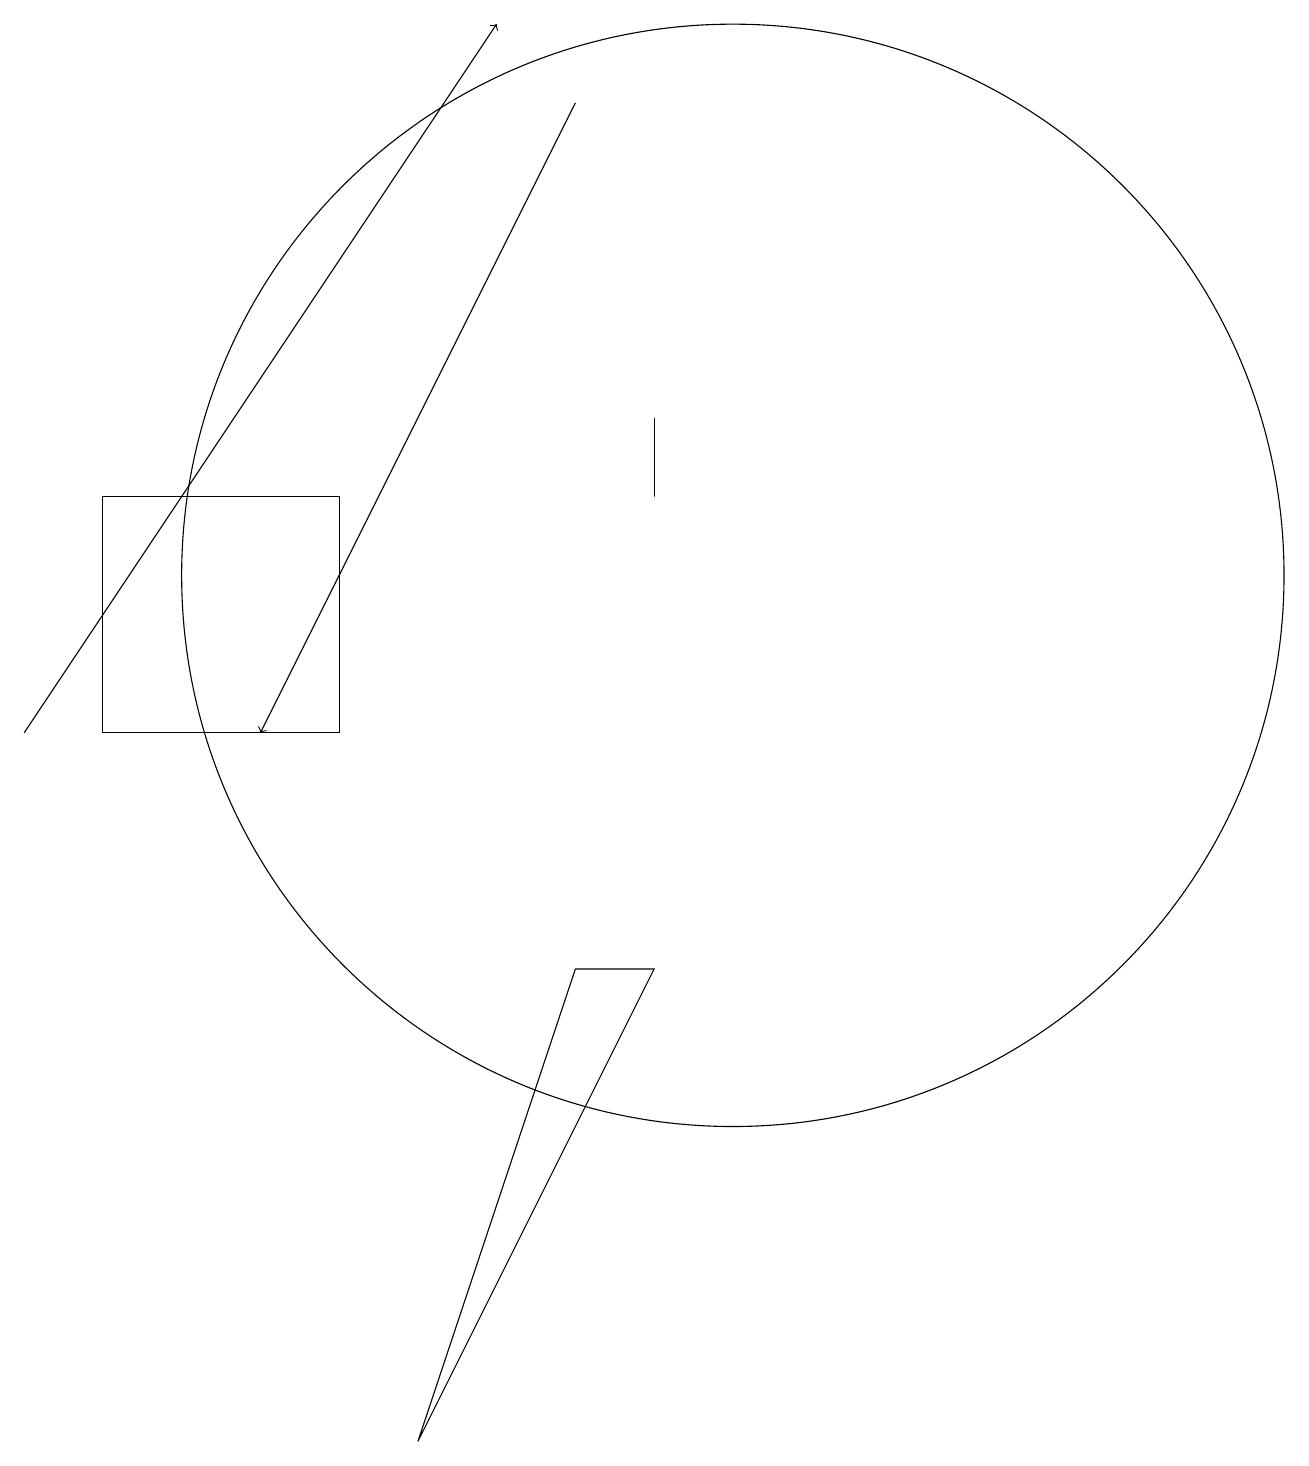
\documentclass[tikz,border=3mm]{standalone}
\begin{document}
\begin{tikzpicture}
\draw (11,12) circle (0);
\draw (5,13) rectangle (2,10);
\draw[->] (1,10) -- (7,19);
\draw (10,12) circle (7);
\draw (9,14) rectangle (9,13);
\draw (9,7) -- (8,7) -- (6,1) -- cycle;
\draw[->] (8,18) -- (4,10);
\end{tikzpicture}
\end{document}